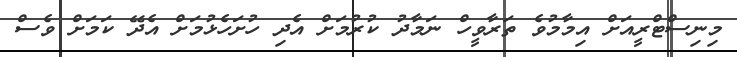
މިނިސްޓްރީއަށް އިމާމުވެ ތަރާވީހް ނަމާދު ކުރުމަށް އެދި ހުށަހެޅުމަށް އެދޭ ކަމަށް ވެސް